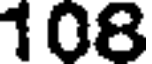
108